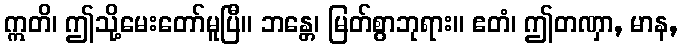
ဣတိ၊ ဤသို့မေးတော်မူပြီ။ ဘန္တေ၊ မြတ်စွာဘုရား။ ဧတံ၊ ဤတဏှာ, မာန,